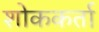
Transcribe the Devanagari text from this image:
शोककर्ता